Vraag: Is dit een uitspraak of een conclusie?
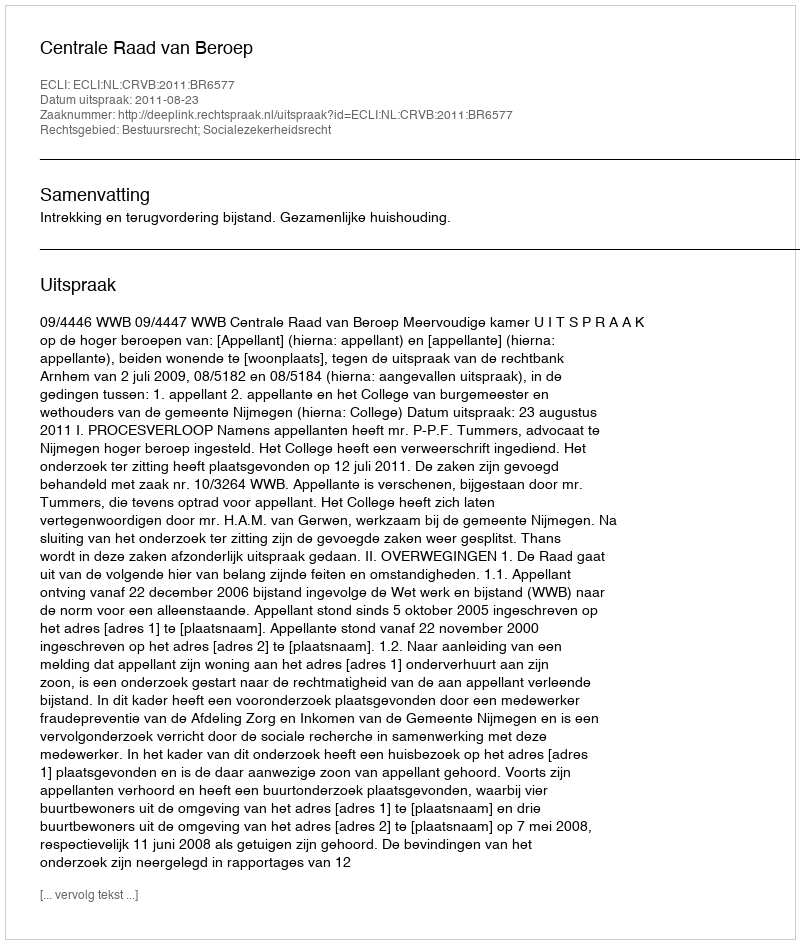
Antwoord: Uitspraak